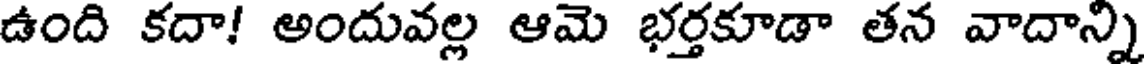
ఉంది కదా! అందువల్ల ఆమె భర్తకూడా తన వాదాన్ని